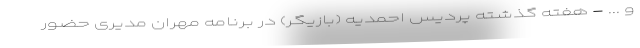
و ... - هفته گذشته پردیس احمدیه (بازیگر) در برنامه مهران مدیری حضور